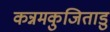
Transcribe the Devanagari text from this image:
कन्नमकुजिताडु